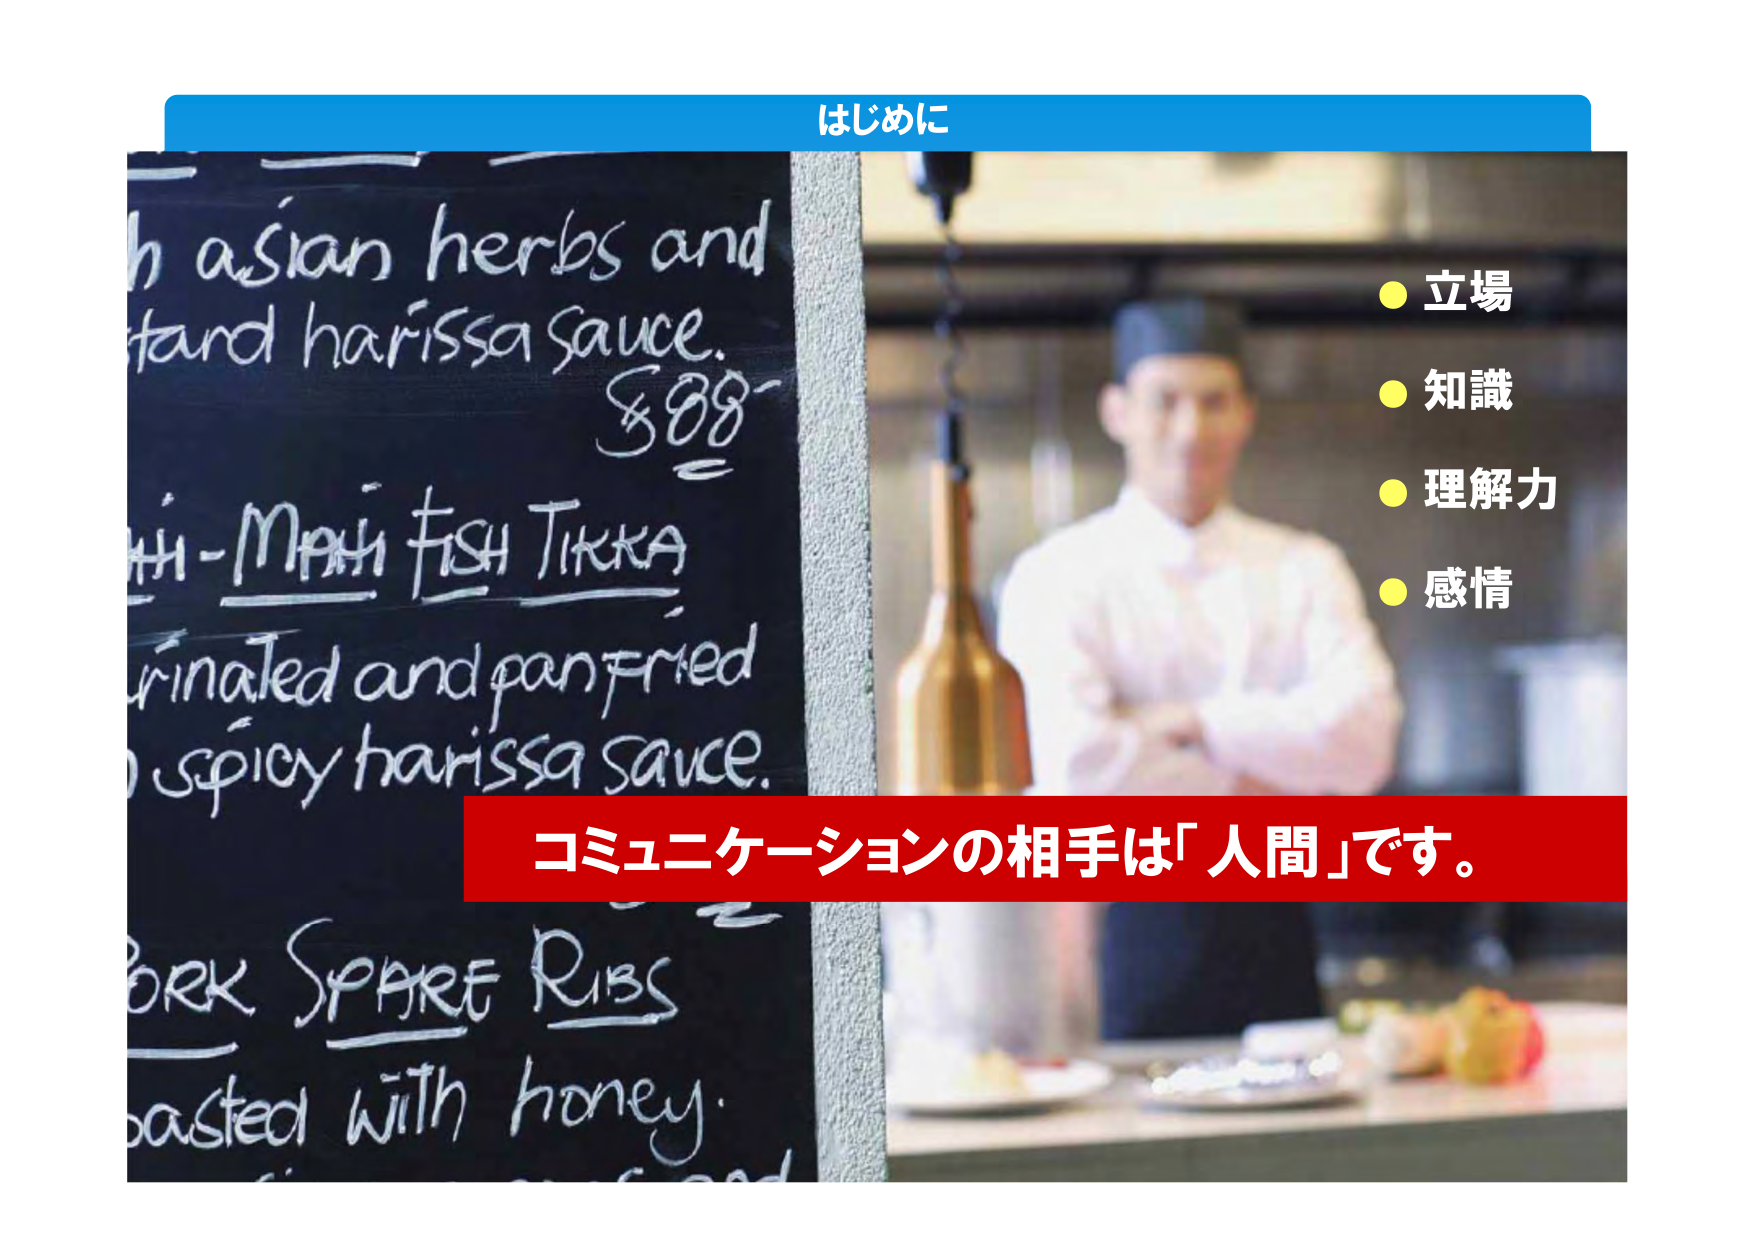
はじめに

h asian herbs and
tand harissa sauce.
$88-

Mh-Mahi Fish Tikka
rinated and pan-fried
spicy harissa sauce.

Pork Spare Ribs
basted with honey.

● 立場
● 知識
● 理解力
● 感情

コミュニケーションの相手は「人間」です。